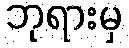
ဘုရားမှ